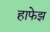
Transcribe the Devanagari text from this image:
हाफेझ